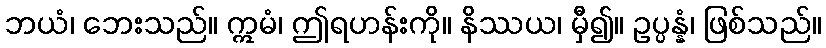
ဘယံ၊ ဘေးသည်။ ဣမံ၊ ဤရဟန်းကို။ နိဿယ၊ မှီ၍။ ဥပ္ပန္နံ၊ ဖြစ်သည်။